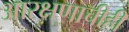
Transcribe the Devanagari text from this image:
आरक्षणाचीही